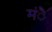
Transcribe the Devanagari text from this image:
मंै